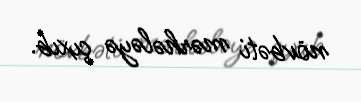
növbəti mərhələyə çıxıb.